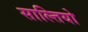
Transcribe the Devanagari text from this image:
साल्तियो